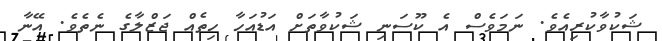
ޝަކުވާކުރިއެވެ. ނަމަވެސް އެ ކޫސަނި ޝަކުވާތަށް އަޑުއަހާ ހިތެއް ޖަޒްލާގެ ނެތެވެ. އޭނާ